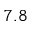
7 . 8